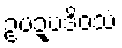
ဥပဍ္ဎဒိဝသံ